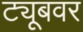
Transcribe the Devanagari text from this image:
ट्यूबवर